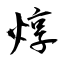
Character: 焞